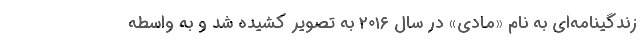
زندگینامه‌ای به نام «مادی» در سال ۲۰۱۶ به تصویر کشیده شد و به واسطه